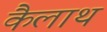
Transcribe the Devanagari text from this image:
कैलाथ